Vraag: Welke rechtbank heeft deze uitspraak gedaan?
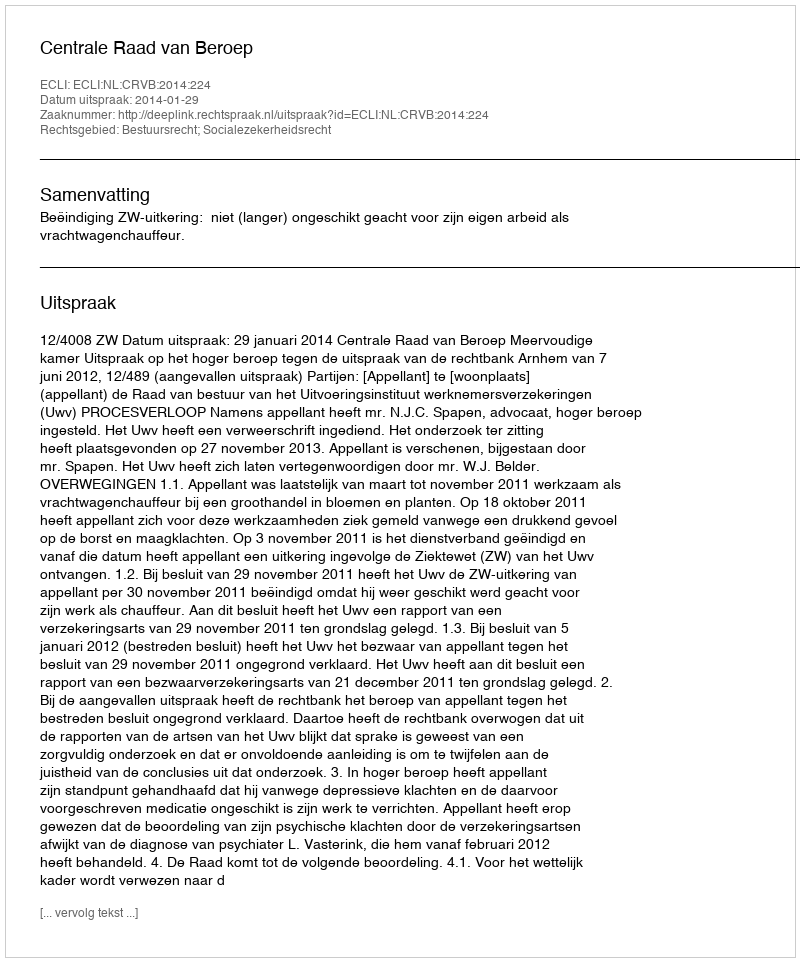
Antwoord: Centrale Raad van Beroep